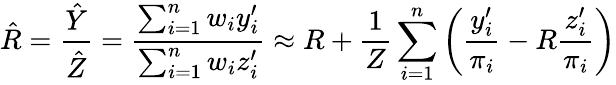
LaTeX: {\hat{R}}={\frac{\hat{Y}}{\hat{Z}}}={\frac{\sum_{i=1}^{n}w_{i}y_{i}^{\prime}}{\sum_{i=1}^{n}w_{i}z_{i}^{\prime}}}\approx R+{\frac{1}{Z}}\sum_{i=1}^{n}\left({\frac{y_{i}^{\prime}}{\pi_{i}}}-R{\frac{z_{i}^{\prime}}{\pi_{i}}}\right)